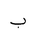
Letter: _ba